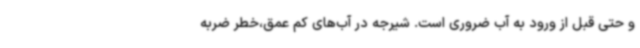
و حتی قبل از ورود به آب ضروری است. شیرجه در آب‌های کم عمق،خطر ضربه